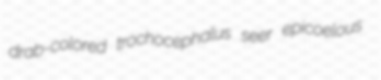
drab-colored trochocephalus seer epicoelous